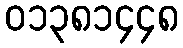
၀၁၃၈၁၄၄၈